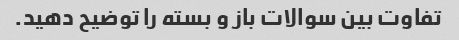
تفاوت بین سوالات باز و بسته را توضیح دهید.